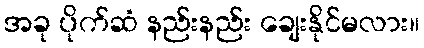
အခု ပိုက်ဆံ နည်းနည်း ချေးနိုင်မလား။